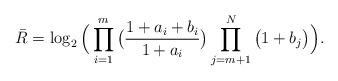
LaTeX: \begin{align*}{\bar R}=\log_2\Big(\prod_{i=1}^m\big(\frac{1+a_i+b_i}{1+a_i}\big)\prod_{j=m+1}^{N}\big(1+b_j\big)\Big).\end{align*}